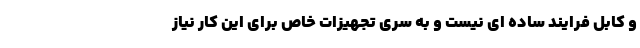
و کابل فرایند ساده ای نیست و به سری تجهیزات خاص برای این کار نیاز